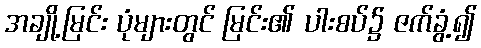
အချို့မြင်း ပုံများတွင် မြင်း၏ ပါးစပ်၌ ဇက်ခွံ့၍